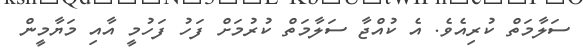
ސަލާމަތް ކުރިއެވެ. އެ ކުއްޖާ ސަލާމަތް ކުރުމަށް ފަހު ފަހުމީ އާއި މަޔާމީން